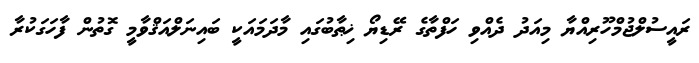
ރައީސުލްޖުމްހޫރިއްޔާ މިއަދު ދެއްވި ހަފްތާގެ ރޭޑިޔޯ ޚިޠާބުގައި މާދަމައަކީ ބައިނަލްއަޤްވާމީ ގޮތުން ފާހަގަކުރާ